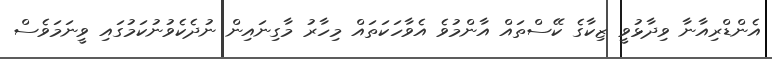
އެންޑްރިއާނާ ވިދާޅުވީ ޒިކާގެ ކޭސްތައް އާންމުވެ އެވާހަކަތައް މިހާރު މާގިނައިން ނުދެކެވުނުކަމުގައި ވީނަމަވެސް